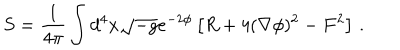
LaTeX: S = \frac { 1 } { 4 \pi } \int d ^ { 4 } x \sqrt { - g } e ^ { - 2 \phi } \left[ R + 4 ( \nabla \phi ) ^ { 2 } - F ^ { 2 } \right] \, .